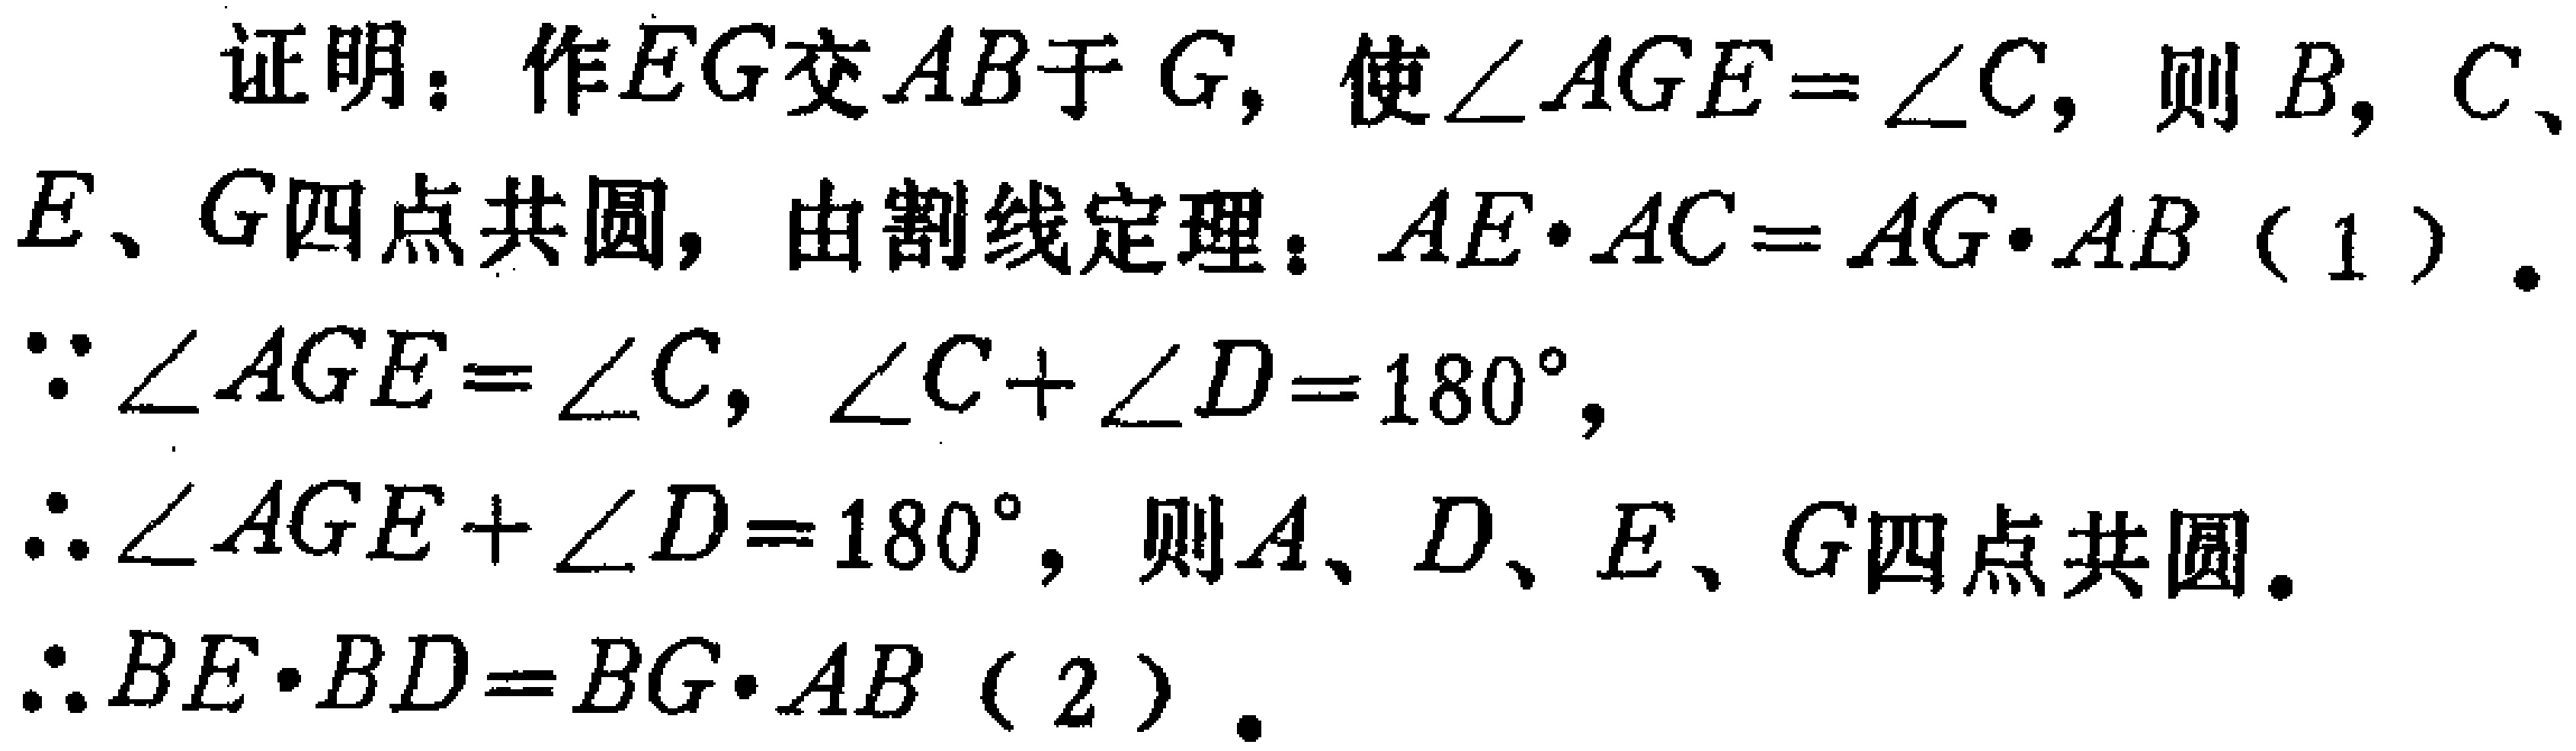
证明：作\(EG\)交\(AB\)于\(G\)，使\(\angle AGE = \angle C\)，则\(B\)，\(C\)、\(E\)、\(G\)四点共圆，由割线定理：\(AE\cdot AC = AG\cdot AB\)（1）.

\(\because \angle AGE = \angle C\)，\(\angle C+\angle D = 180^{\circ}\)，

\(\therefore \angle AGE+\angle D = 180^{\circ}\)，则\(A\)、\(D\)、\(E\)、\(G\)四点共圆.

\(\therefore BE\cdot BD = BG\cdot AB\)（2）.